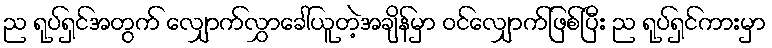
ည ရုပ်ရှင်အတွက် လျှောက်လွှာခေါ်ယူတဲ့အချိန်မှာ ဝင်လျှောက်ဖြစ်ပြီး ည ရုပ်ရှင်ကားမှာ